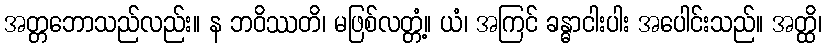
အတ္တဘောသည်လည်း။ န ဘဝိဿတိ၊ မဖြစ်လတ္တံ့။ ယံ၊ အကြင် ခန္ဓာငါးပါး အပေါင်းသည်။ အတ္ထိ၊